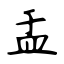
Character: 盂